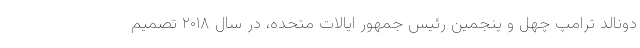
دونالد ترامپ چهل و پنجمین رئیس جمهور ایالات متحده، در سال ۲۰۱۸ تصمیم